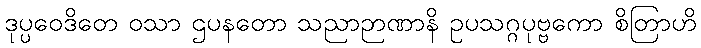
ဒုပ္ပဝေဒိတေ ဝသာ ဌပနတော သညာဉာဏာနိ ဥပသဂ္ဂပုဗ္ဗကော စိတြာဟိ